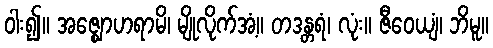
ဝါး၍။ အဇ္ဈောဟရာမိ၊ မျိုလိုက်အံ့။ တဒန္တရံ၊ လုံး။ ဇီဝေယျံ၊ ဘိမူ။